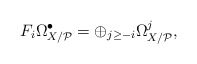
\begin{align*}F_i\Omega^\bullet_{X/\mathcal{P}} = \oplus_{j\geq -i} \Omega^j_{X/\mathcal{P}} ,\end{align*}